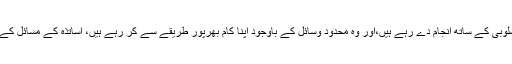
انہوں نے کہا کہ سندھ کے اساتذہ محنتی اور جفاکشی کے ساتھ اپنے فرائض خوش اسلوبی کے ساتھ انجام دے رہے ہیں،اور وہ محدود وسائل کے باوجود اپنا کام بھرپور طریقے سے کر رہے ہیں، اساتذہ کے مسائل کے حل کے لئے ہماری پرامن جدوجہد پہلے کی طرح اس مرتبہ بھی کامیاب رہے گی۔